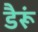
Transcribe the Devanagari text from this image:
डैरूं